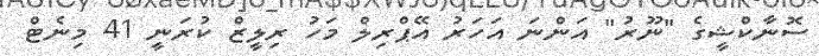
ސޮނާކްޝީގެ "ނޫރު" އަންނަ އަހަރު އޭޕްރިލް މަހު ރިލީޒް ކުރަނީ 41 މިނެޓް